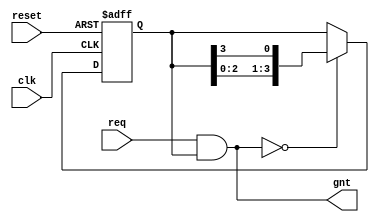
// -----------------------------------------------------------------------------
//    Copyright (C) 2016 Yauheni Lychkouski.
//
//    This program is free software: you can redistribute it and/or modify
//    it under the terms of the GNU General Public License as published by
//    the Free Software Foundation, either version 3 of the License, or
//    (at your option) any later version.
//
//    This program is distributed in the hope that it will be useful,
//    but WITHOUT ANY WARRANTY; without even the implied warranty of
//    MERCHANTABILITY or FITNESS FOR A PARTICULAR PURPOSE.  See the
//    GNU General Public License for more details.
//
//    You should have received a copy of the GNU General Public License
//    along with this program.  If not, see <http://www.gnu.org/licenses/>.
// -----------------------------------------------------------------------------

module arb_rr #(parameter PORTS_NUM = 4)
(
    input reset,
    input clk,

    input  [PORTS_NUM-1:0] req,
    output [PORTS_NUM-1:0] gnt
);

    reg [PORTS_NUM-1:0] rr_cnt;

    always @(posedge clk or posedge reset) begin
        if (reset) begin
            rr_cnt <= 1;
        end
        else begin
            if (gnt == 0) begin
                rr_cnt <= {rr_cnt[PORTS_NUM-2:0], rr_cnt[PORTS_NUM-1]};
            end
        end
    end

    assign gnt = req & rr_cnt;
endmodule